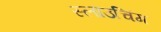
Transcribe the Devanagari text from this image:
स्लाउचिंग